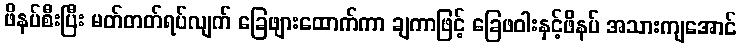
ဖိနပ်စီးပြီး မတ်တတ်ရပ်လျက် ခြေဖျားထောက်ကာ ချကာဖြင့် ခြေဖဝါးနှင့်ဖိနပ် အသားကျအောင်